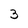
Character: 3